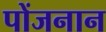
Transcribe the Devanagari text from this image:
पोंजनान